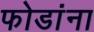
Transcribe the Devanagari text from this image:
फोडांना